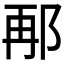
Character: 𮟸